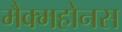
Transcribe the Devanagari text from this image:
मैक्महोनस